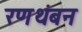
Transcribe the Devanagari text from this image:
रणथंबन